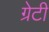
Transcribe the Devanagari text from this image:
ग्रेटी